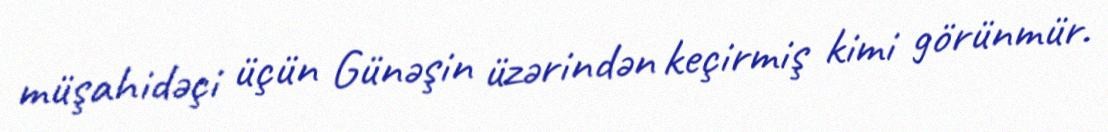
müşahidəçi üçün Günəşin üzərindən keçirmiş kimi görünmür.